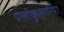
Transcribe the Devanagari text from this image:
पेलीकुलारिया